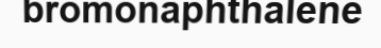
bromonaphthalene